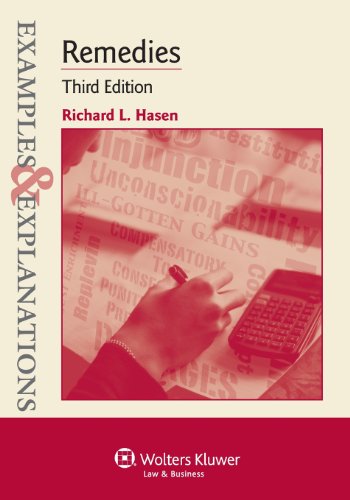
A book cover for Examples & Explanations: Remedies, Third Edition; Richard L. Hasen; Law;